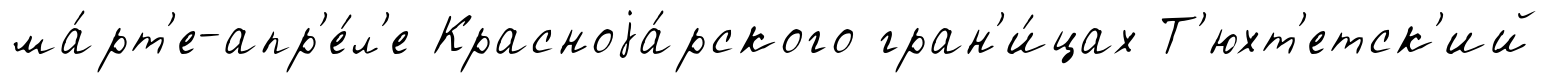
ма́рт'е-апр'е́л'е Красноjа́рского гран'и́цах Т'юхт'етск'ий